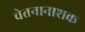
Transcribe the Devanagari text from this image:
चेतनानाशक